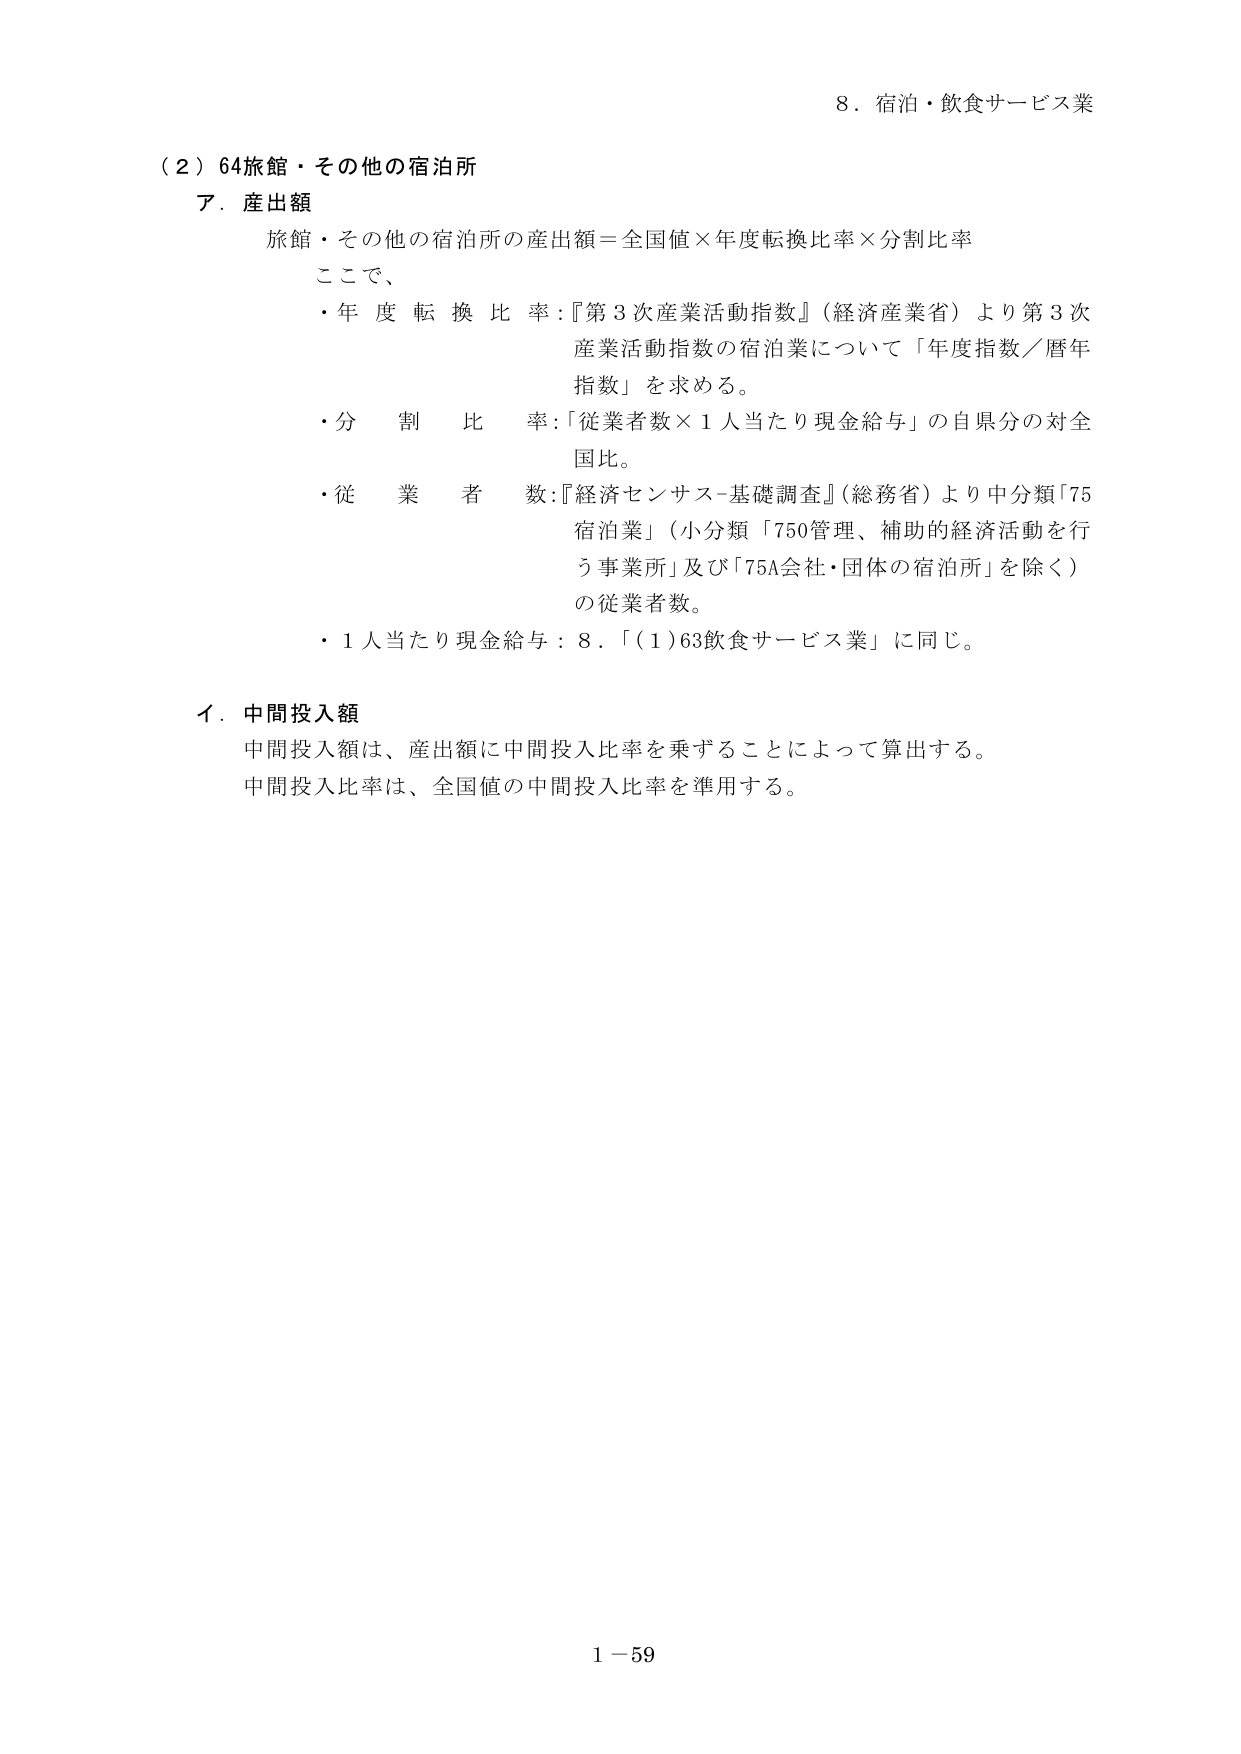
8．宿泊・飲食サービス業

（2）64旅館・その他の宿泊所

ア．産出額

旅館・その他の宿泊所の産出額＝全国値×年度転換比率×分割比率

ここで、

・年度転換比率：『第3次産業活動指数』（経済産業省）より第3次産業活動指数の宿泊業について「年度指数／暦年指数」を求める。

・分割比率：「従業者数×1人当たり現金給与」の自県分の対全国比。

・従業者数：『経済センサス-基礎調査』（総務省）より中分類「75宿泊業」（小分類「750管理、補助的経済活動を行う事業所」及び「75A会社・団体の宿泊所」を除く）の従業者数。

・1人当たり現金給与：8．「（1）63飲食サービス業」に同じ。

イ．中間投入額

中間投入額は、産出額に中間投入比率を乗ずることによって算出する。

中間投入比率は、全国値の中間投入比率を準用する。

1－59